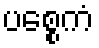
ပစ္စေကံ